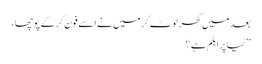
بعد میں گھر لوٹ کر میں نے اسے فون کرکے پوچھا ،
” کیا پرابلم ہے ؟